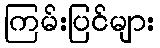
ကြမ်းပြင်များ